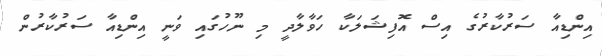
އިންޑިއާ ސަރުކާރުގެ އިސް އޮފިޝަލަކާ ހަވާލާދީ މި ނޫހުގައި ވަނީ އިންޑިއާ ސަރުކާރުން